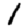
Digit: 1